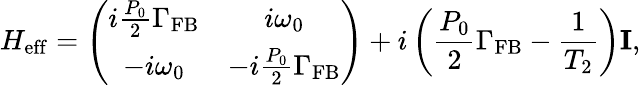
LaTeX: H_{\mathrm{eff}}=\left(\begin{array}{cc}{i\frac{P_{0}}{2}\Gamma_{\mathrm{FB}}}&{i\omega_{0}}\\ {-i\omega_{0}}&{-i\frac{P_{0}}{2}\Gamma_{\mathrm{FB}}}\end{array}\right)+i\left(\frac{P_{0}}{2}\Gamma_{\mathrm{FB}}-\frac{1}{T_{2}}\right)\mathbf{I},